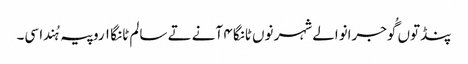
پنڈ توں گُوجرانوالے شہر نوں ٹانگا ٤ آنے تے سالم ٹانگا ١ روپیہ ہُندا سی۔